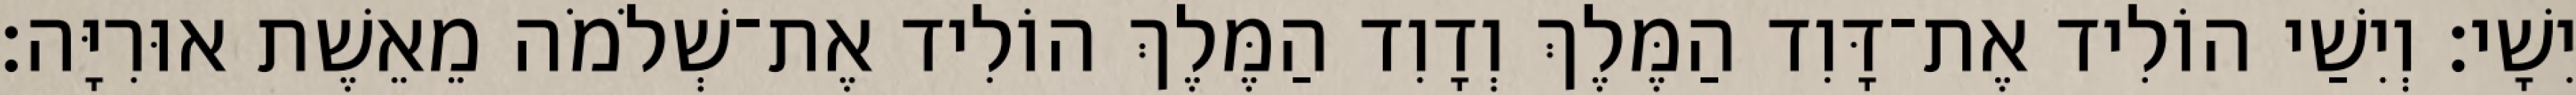
יִשָׁי׃ וְיִשַׁי הוֹלִיד אֶת־דָּוִד הַמֶּלֶךְ וְדָוִד הַמֶּלֶךְ הוֹלִיד אֶת־שְׁלֹמֹה מֵאֵשֶׁת אוּרִיָּה׃